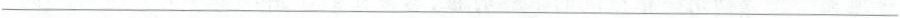
___